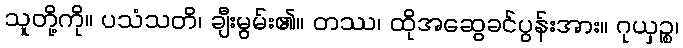
သူတို့ကို။ ပသံသတိ၊ ချီးမွမ်း၏။ တဿ၊ ထိုအဆွေခင်ပွန်းအား။ ဂုယှဉ္စ၊